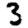
Digit: 3